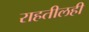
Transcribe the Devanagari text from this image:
राहतीलही